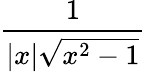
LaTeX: \frac{1}{|x|{\sqrt{x^{2}-1}}}